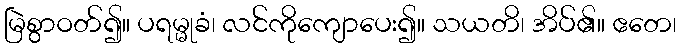
မြဲစွာဝတ်၍။ ပရမ္မုခံ၊ လင်ကိုကျောပေး၍။ သယတိ၊ အိပ်၏။ ဧတေ၊